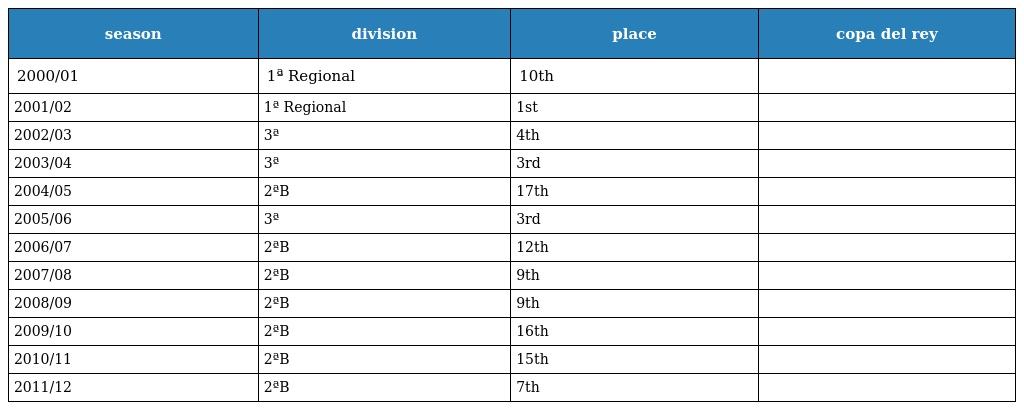
| season | division | place | copa del rey |
 | --- | --- | --- | --- |
 | 2000/01 | 1ª Regional | 10th |  |
 | 2001/02 | 1ª Regional | 1st |  |
 | 2002/03 | 3ª | 4th |  |
 | 2003/04 | 3ª | 3rd |  |
 | 2004/05 | 2ªB | 17th |  |
 | 2005/06 | 3ª | 3rd |  |
 | 2006/07 | 2ªB | 12th |  |
 | 2007/08 | 2ªB | 9th |  |
 | 2008/09 | 2ªB | 9th |  |
 | 2009/10 | 2ªB | 16th |  |
 | 2010/11 | 2ªB | 15th |  |
 | 2011/12 | 2ªB | 7th |  |